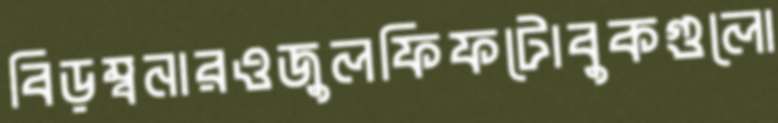
বিড়ম্বনারওজুলফিফটোবুকগুলো